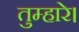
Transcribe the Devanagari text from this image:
तुम्हारे।